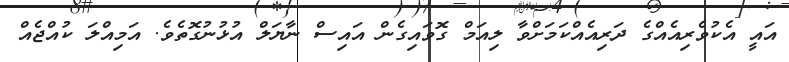
އައީ އެކުވެރިއެއްގެ ދަރިއެއްކަމަށްވާ ލިއަމް ގޮވައިގެން އައިސް ނާޔަލް އުޅުނުގޮތެވެ. އަމިއްލަ ކުއްޖެއް